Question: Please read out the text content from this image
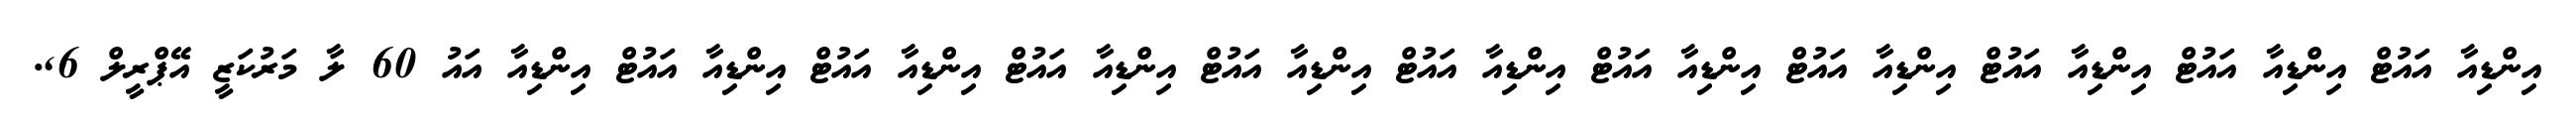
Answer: އިންޑިއާ އައުޓް އިންޑިއާ އައުޓް އިންޑިއާ އައުޓް އިންޑިއާ އައުޓް އިންޑިއާ އައުޓް އިންޑިއާ އައުޓް އިންޑިއާ އައުޓް އިންޑިއާ އައުޓް އިންޑިއާ އައުޓް އިންޑިއާ އައުޓް އިންޑިއާ އައު 60 ލާ މަރުކަޒީ އޭޕްރީލް 6,.